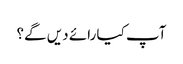
آپ کیا رائے دیں گے؟